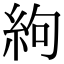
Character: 絇